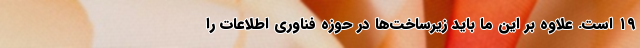
۱۹ است. علاوه بر این ما باید زیرساخت‌ها در حوزه فناوری اطلاعات را